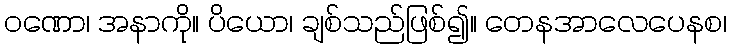
ဝဏော၊ အနာကို။ ပိယော၊ ချစ်သည်ဖြစ်၍။ တေနအာလေပေနစ၊